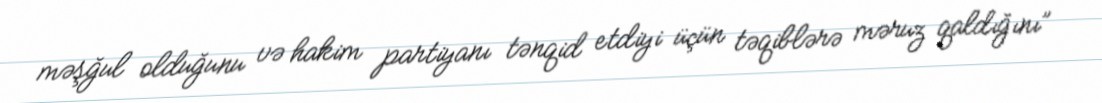
məşğul olduğunu və hakim partiyanı tənqid etdiyi üçün təqiblərə məruz qaldığını”